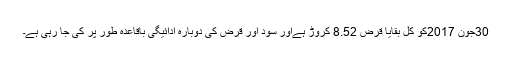
30جون 2017کو کل بقایا قرض 8.52 کروڑ ہےاور سود اور قرض کی دوبارہ ادائیگی باقاعدہ طور پر کی جا رہی ہے۔